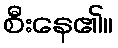
စီးနေ၏။